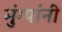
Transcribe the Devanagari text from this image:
मुंग्यांनी